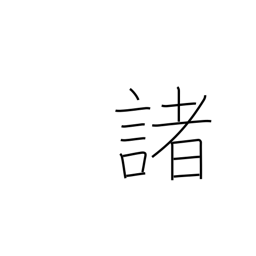
Meaning: many